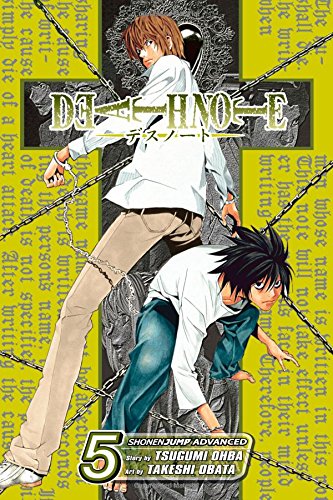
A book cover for Death Note, Vol. 5; Tsugumi Ohba; Comics & Graphic Novels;